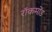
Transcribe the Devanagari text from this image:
रॉकमोंड